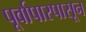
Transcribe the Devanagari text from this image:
पूर्वापारपासून